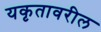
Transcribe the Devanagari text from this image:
यकृतावरील